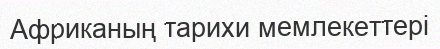
Африканың тарихи мемлекеттері